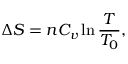
\Delta S = n C _ { v } \ln { \frac { T } { T _ { 0 } } } ,